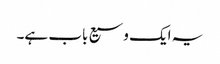
یہ ایک وسیع باب ہے۔